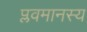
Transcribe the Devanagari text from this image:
प्लवमानस्य